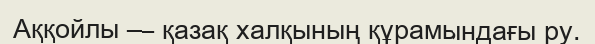
Аққойлы — қазақ халқының құрамындағы ру.